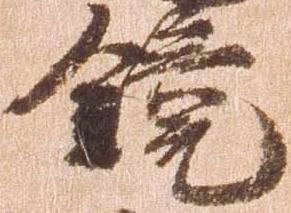
鏡